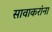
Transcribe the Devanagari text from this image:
सावाकरांना